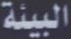
البيئة